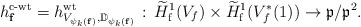
\begin{align*}h_{\mathbf{f}}^{\textup{c-wt}}=h^{\textup{wt}}_{V_{\psi_k(\mathbf{f})},\mathbb D_{\psi_k(\mathbf{f})}}\,:\,\widetilde H^1_{\textup{f}}(V_f)\times \widetilde H^1_{\textup{f}}(V_f^*(1)) \rightarrow \frak p/\frak p^2. \end{align*}